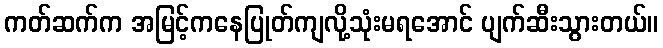
ကတ်ဆက်က အမြင့်ကနေပြုတ်ကျလို့သုံးမရအောင် ပျက်ဆီးသွားတယ်။